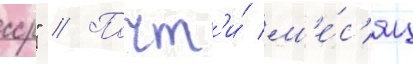
сср" // Почт'и́ м'е́с'яц